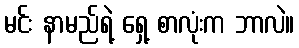
မင်း နာမည်ရဲ့ ရှေ့ စာလုံးက ဘာလဲ။